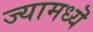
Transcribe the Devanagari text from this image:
ज्यामध्यॆ